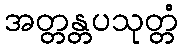
အတ္တန္တပသုတ္တံ